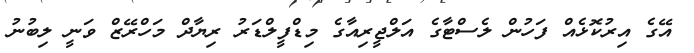
އޭގެ އިރުކޮޅެއް ފަހުން ލެސްޓާގެ އަލްޖީރިއާގެ މިޑްފީލްޑަރު ރިޔާދް މަހްރޭޒް ވަނީ ލިބުނު